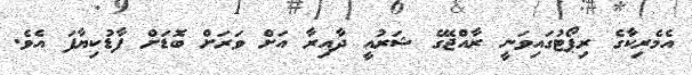
އެމެރިކާގެ ރިޕޯޓުގައިވަނީ ރާއްޖޭގެ ޝަރުއީ ދާއިރާ އަށް ވަރަށް ބޮޑަށް ފާޑުކިޔާފަ އެވެ.